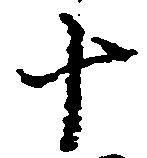
十